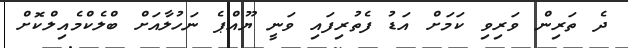
ދެ ތަރިން ވަރިވި ކަމަށް އަޑު ފެތުރިފައި ވަނީ ޔޫއްޕެ ނަހުލާއަށް ބްލެކްމެއިލްކޮށް